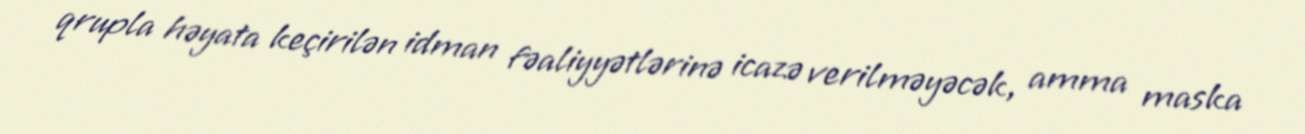
qrupla həyata keçirilən idman fəaliyyətlərinə icazə verilməyəcək, amma maska